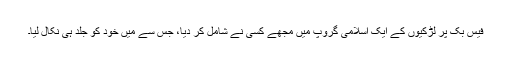
فیس بک پر لڑکیوں کے ایک اسلامی گروپ میں مجھے کسی نے شامل کر دیا، جس سے میں خود کو جلد ہی نکال لیا۔